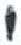
אות: י